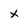
Character: x